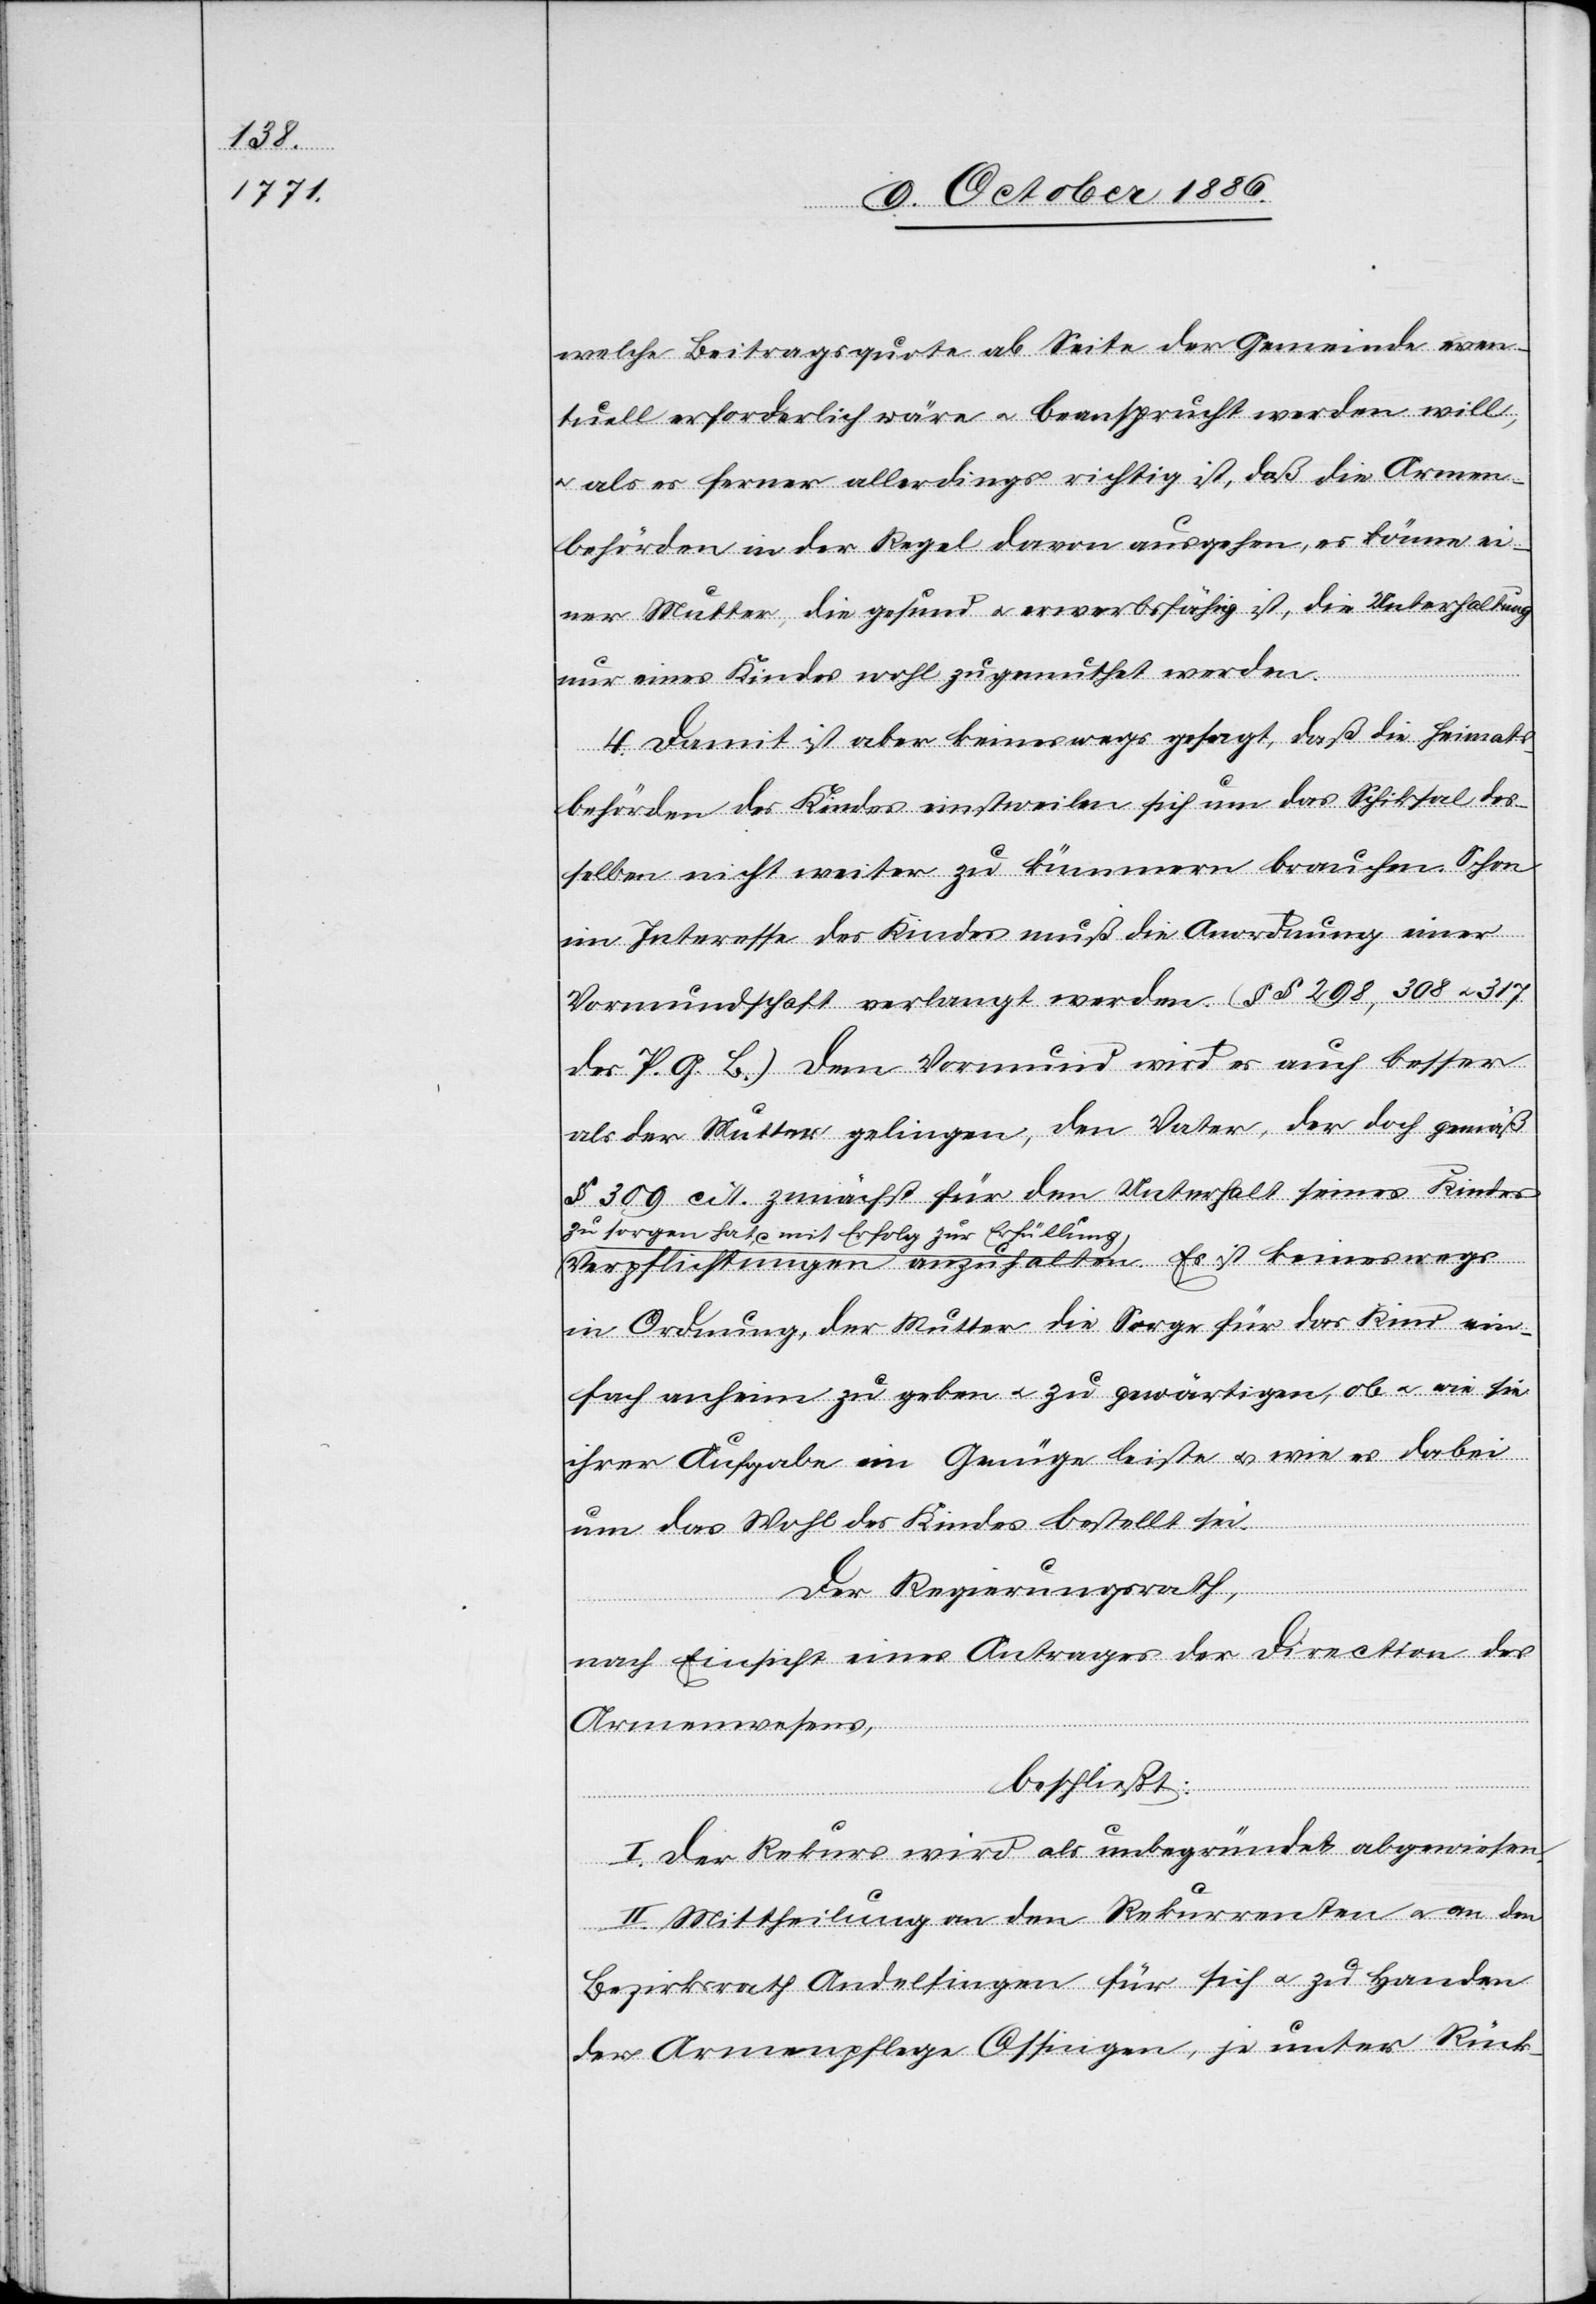
welche Beitragsquote ab Seite der Gemeinde even¬
tuell erforderlich wäre & beansprucht werden will,
& als es ferner allerdings richtig ist, daß die Armen¬
behörden in der Regel davon ausgehen, es könne ei¬
ner Mutter, die gesund & erwerbsfähig ist, die Unterhaltung
nur eines Kindes wohl zugemuthet werden.
4. Damit ist aber keineswegs gesagt, daß die Heimats¬
behörden des Kindes einstweilen sich um das Schi[c]ksal des¬
selben nicht weiter zu kümmern brauchen. Schon
im Interesse des Kindes muß die Anordnung einer
Vormundschaft verlangt werden. (§§ 298, 308 & 317
des P. G. B.) Dem Vormund wird es auch besser
als der Mutter gelingen, den Vater, der doch gemäß
§ 309 cit. zunächst für den Unterhalt seines Kindes
a-zu sorgen hat, mit Erfolg zur Erfüllung-a
Verpflichtungen anzuhalten. Es ist keineswegs
in Ordnung, der Mutter die Sorge für das Kind ein¬
fach anheim zu geben & zu gewärtigen, ob & wie sie
ihrer Aufgabe ein Genüge leiste & wie es dabei
um das Wohl des Kindes bestellt sei.
Der Regierungsrath,
nach Einsicht eines Antrages der Direction des
Armenwesens,
beschließt:
I. Der Rekurs wird als unbegründet abgewiesen.
II. Mittheilung an den Rekurrenten & an den
Bezirksrath Andelfingen für sich & zu Handen
der Armenpflege Ossingen, je unter Rück-